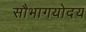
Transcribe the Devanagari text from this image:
सौभागयोदय